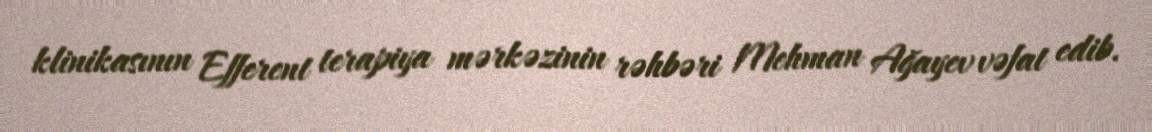
klinikasının Efferent terapiya mərkəzinin rəhbəri Mehman Ağayev vəfat edib.